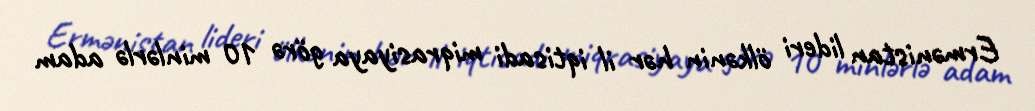
Ermənistan lideri ölkənin hər il iqtisadi miqrasiyaya görə 10 minlərlə adam